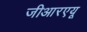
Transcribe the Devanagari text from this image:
जीआरएयू